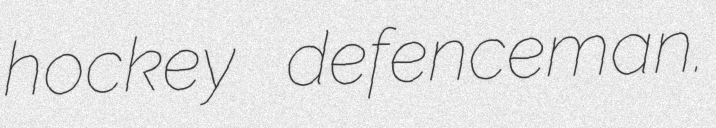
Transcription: hockey defenceman.